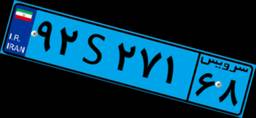
۶۶S۲۲۵۹۵